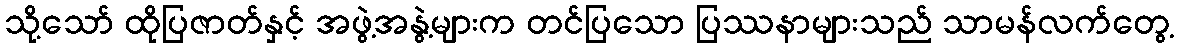
သို့သော် ထိုပြဇာတ်နှင့် အဖွဲ့အနွဲ့များက တင်ပြသော ပြဿနာများသည် သာမန်လက်တွေ့